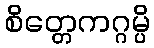
စိတ္တေကဂ္ဂမ္ပိ